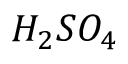
H _ { 2 } S O _ { 4 }